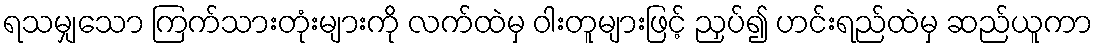
ရသမျှသော ကြက်သားတုံးများကို လက်ထဲမှ ဝါးတူများဖြင့် ညှပ်၍ ဟင်းရည်ထဲမှ ဆည်ယူကာ